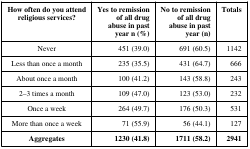
<table><thead><tr><td><b>How often do you attendreligious services?</b></td><td><b>Yes to remissionof all drugabuse in pastyear n (%)</b></td><td><b>No to remissionof all drugabuse in pastyear (n)</b></td><td><b>Totals</b></td></tr></thead><tbody><tr><td>Never</td><td>451 (39.0)</td><td>691 (60.5)</td><td>1142</td></tr><tr><td>Less than once a month</td><td>235 (35.5)</td><td>431 (64.7)</td><td>666</td></tr><tr><td>About once a month</td><td>100 (41.2)</td><td>143 (58.8)</td><td>243</td></tr><tr><td>2–3 times a month</td><td>109 (47.0)</td><td>123 (53.0)</td><td>232</td></tr><tr><td>Once a week</td><td>264 (49.7)</td><td>176 (50.3)</td><td>531</td></tr><tr><td>More than once a week</td><td>71 (55.9)</td><td>56 (44.1)</td><td>127</td></tr><tr><td><b>Aggregates</b></td><td><b>1230 (41.8)</b></td><td><b>1711 (58.2)</b></td><td><b>2941</b></td></tr></tbody></table>